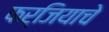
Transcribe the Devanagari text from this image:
फर्जियाचे